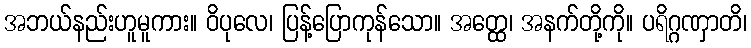
အဘယ်နည်းဟူမူကား။ ဝိပုလေ၊ ပြန့်ပြောကုန်သော။ အတ္ထေ၊ အနက်တို့ကို။ ပရိဂ္ဂဏှာတိ၊